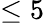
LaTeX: \le 5